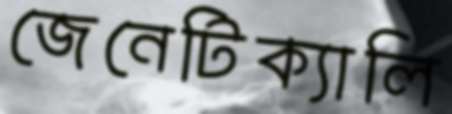
জেনেটিক্যালি